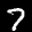
Label: 7